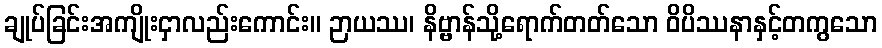
ချုပ်ခြင်းအကျိုးငှာလည်းကောင်း။ ဉာယဿ၊ နိဗ္ဗာန်သို့ရောက်တတ်သော ဝိပိဿနာနှင့်တကွသော